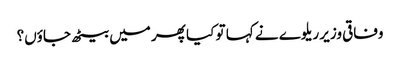
وفاقی وزیر ریلوے نے کہا تو کیا پھر میں بیٹھ جاؤں؟